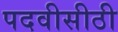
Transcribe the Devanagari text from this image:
पदवीसीठी